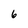
Character: 6